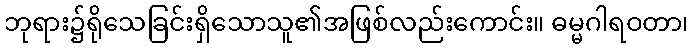
ဘုရား၌ရိုသေခြင်းရှိသောသူ၏အဖြစ်လည်းကောင်း။ ဓမ္မဂါရဝတာ၊